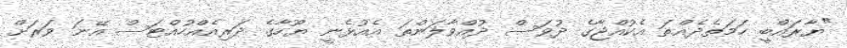
"ޔާރައްބީ ހަމަތެދެއްތަ އެކުއްޖާގެ ދުވަސް ދުއްވާލަންތަ އެއުޅެނީ ޔޫހާގެ ދަރިއެއްހުއްޓަސް އޭނަ ވަރަށް